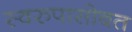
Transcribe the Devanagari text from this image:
स्वरुपासोबत